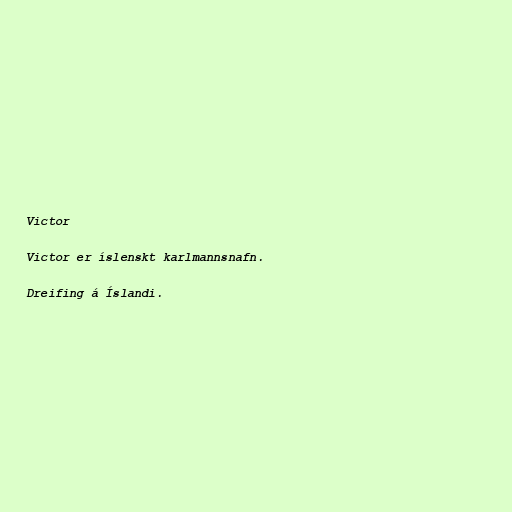
Victor

Victor er íslenskt karlmannsnafn.

Dreifing á Íslandi.